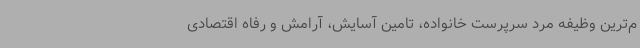
م‌ترین وظیفه مرد سرپرست خانواده، تامین آسایش، آرامش و رفاه اقتصادی